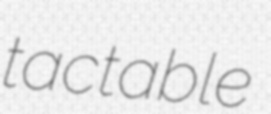
tactable